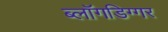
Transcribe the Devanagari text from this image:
ब्लॉगडिग्गर